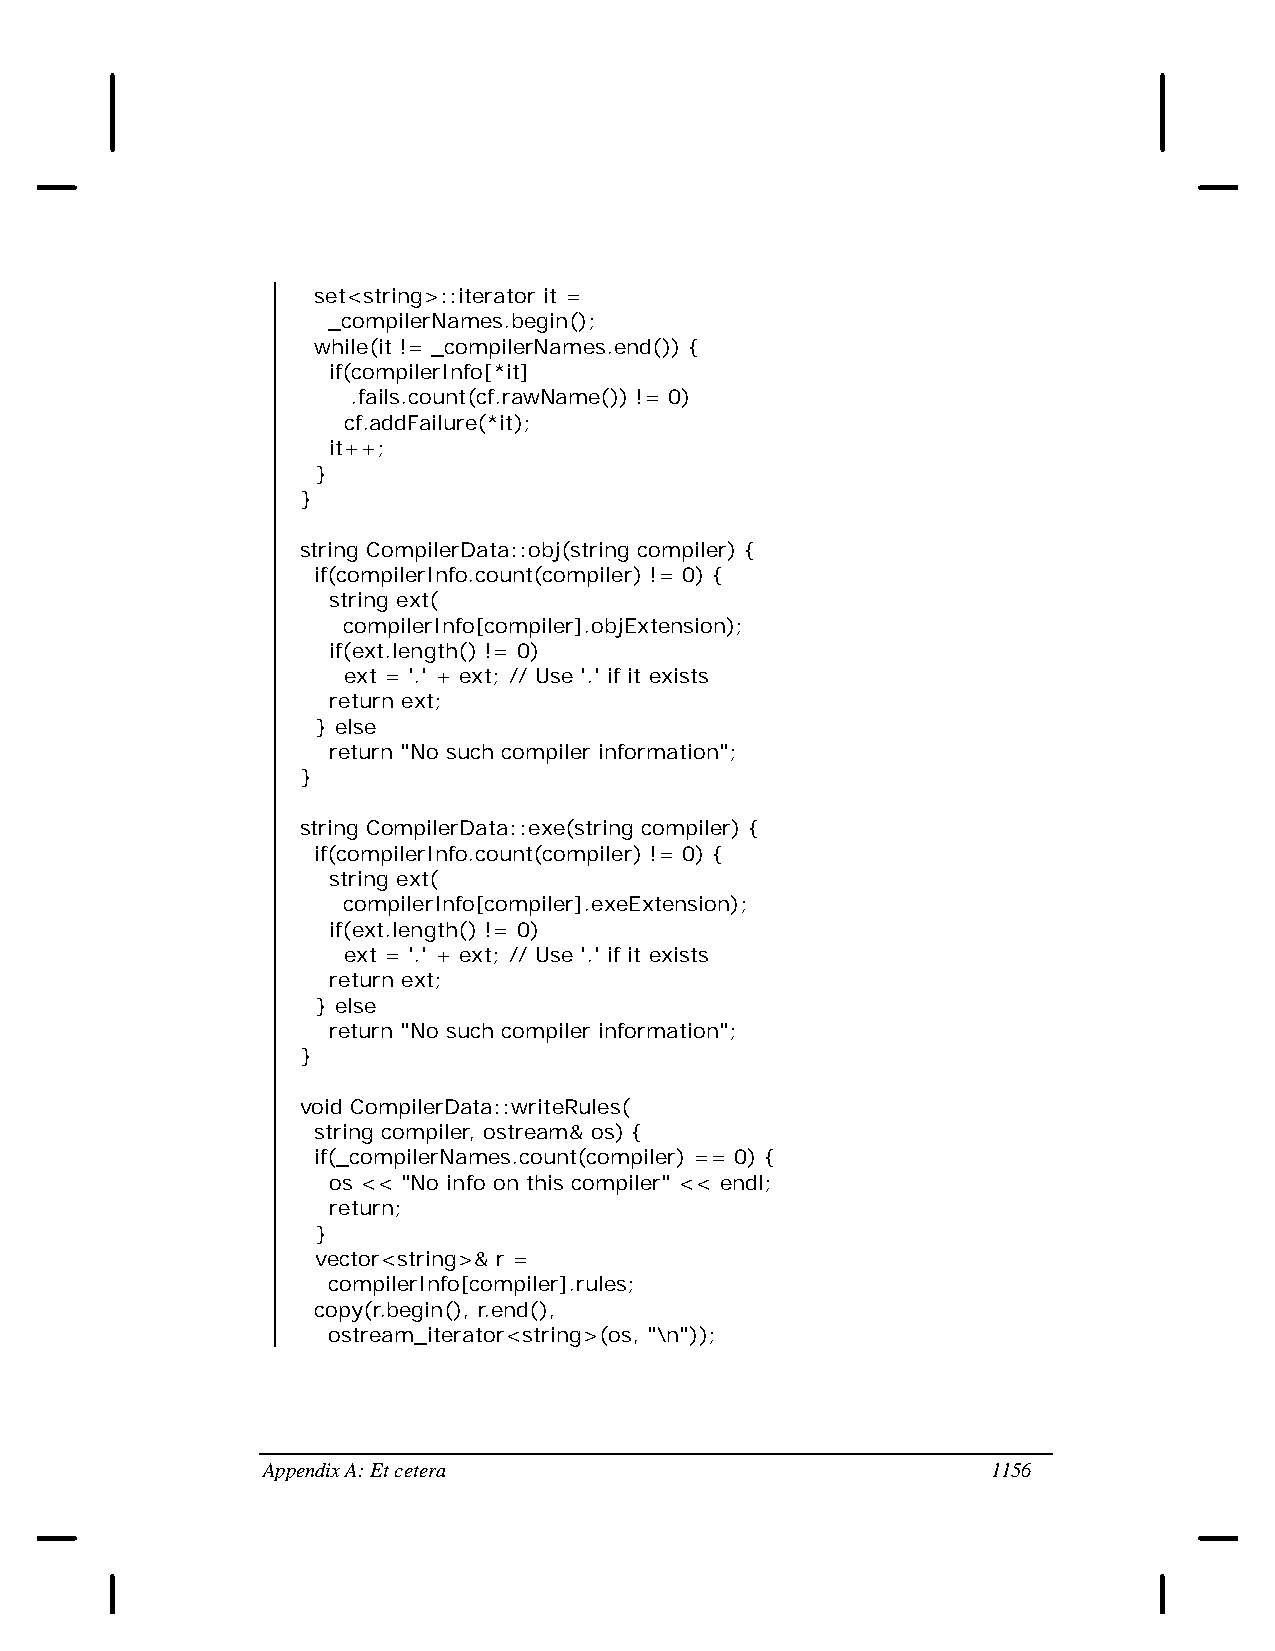
set<string>::iterator it =
 _compilerNames.begin();
 while(it != _compilerNames.end()) {
 if(compilerInfo[*it]
 .fails.count(cf.rawName()) != 0)
 cf.addFailure(*it);
 it++;
 }
 }
 string CompilerData::obj(string compiler) {
 if(compilerInfo.count(compiler) != 0) {
 string ext(
 compilerInfo[compiler].objExtension);
 if(ext.length() != 0)
 ext = '.' + ext; // Use '.' if it exists
 return ext;
 } else
 return "No such compiler information";
 }
 string CompilerData::exe(string compiler) {
 if(compilerInfo.count(compiler) != 0) {
 string ext(
 compilerInfo[compiler].exeExtension);
 if(ext.length() != 0)
 ext = '.' + ext; // Use '.' if it exists
 return ext;
 } else
 return "No such compiler information";
 }
 void CompilerData::writeRules(
 string compiler, ostream& os) {
 if(_compilerNames.count(compiler) == 0) {
 os << "No info on this compiler" << endl;
 return;
 }
 vector<string>& r =
 compilerInfo[compiler].rules;
 copy(r.begin(), r.end(),
 ostream_iterator<string>(os, "\n"));
 Appendix A: Et cetera                            1156